Civil Veterinary Dept. North-West Frontier Province 1933-46 - 1933-1946
Year: 1933
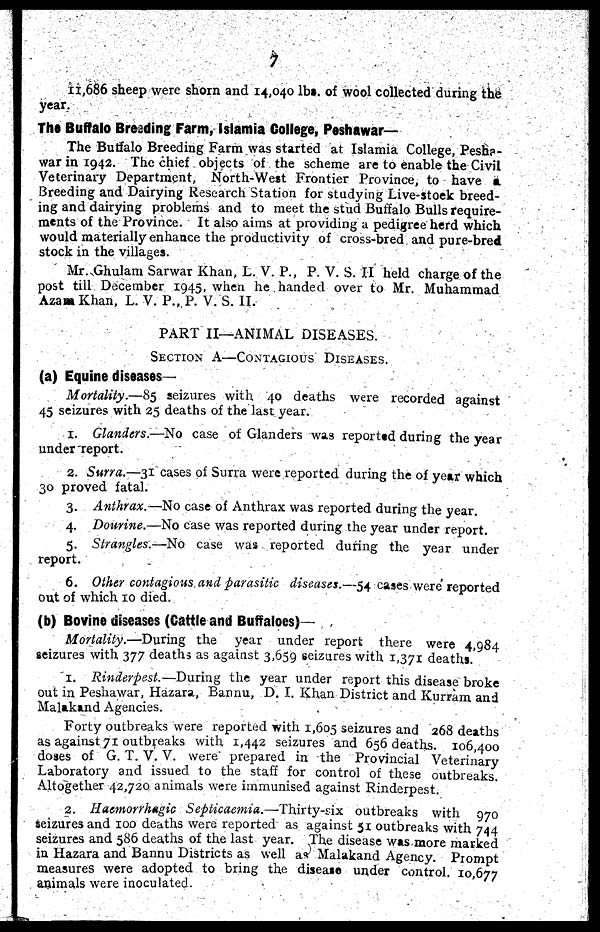
7
11,686 sheep were shorn and 14,040 lbs. of wool collected during the
year.
The Buffalo Breeding Farm, Islamia College, Peshawar—
The Buffalo Breeding Farm was started at Islamia College, Pesha-
war in 1942. The chief objects of the scheme are to enable the Civil
Veterinary Department, North-West Frontier Province, to have a
Breeding and Dairying Research Station for studying Live-stock breed-
ing and dairying problems and to meet the stud Buffalo Bulls require-
ments of the Province. It also aims at providing a pedigree herd which
would materially enhance the productivity of cross-bred and pure-bred
stock in the villages.
Mr. Ghulam Sarwar Khan, L. V. P., P. V. S. II held charge of the
post till December 1945, when he handed over to Mr. Muhammad
Azam Khan, L. V. P., P. V. S. II.
PART II—ANIMAL DISEASES.
SECTION A—CONTAGIOUS DISEASES.
(a) Equine diseases—
Mortality.—85 seizures with 40 deaths were recorded against
45 seizures with 25 deaths of the last year.
1. Glanders.—No case of Glanders was reported during the year
under report.
2. Surra.—31 cases of Surra were reported during the of year which
30 proved fatal.
3. Anthrax.—No case of Anthrax was reported during the year.
4. Dourine.—No case was reported during the year under report.
5. Strangles.—No case was reported during the year under
report.
6. Other contagious and parasitic diseases.—54 cases were reported
out of which 10 died.
(b) Bovine diseases (Cattle and Buffaloes)—
Mortality.—During the year under report there were 4,984
seizures with 377 deaths as against 3,659 seizures with 1,371 deaths.
1. Rinderpest.— During the year under report this disease broke
out in Peshawar, Hazara, Bannu, D. I. Khan District and Kurram and
Malakand Agencies.
Forty outbreaks were reported with 1,605 seizures and 268 deaths
as against 71 outbreaks with 1,442 seizures and 656 deaths. 106,400
doses of G. T. V. V. were prepared in the Provincial Veterinary
Laboratory and issued to the staff for control of these outbreaks
Altogether 42,720 animals were immunised against Rinderpest.
2. Haemorrhagic Septicaemia.—Thirty-six
outbreaks with 970
seizures and 100 deaths were reported as against 51 outbreaks with 744
seizures and 586 deaths of the last year. The disease was more marked
in Hazara and Bannu Districts as well as Malakand Agency. Prompt
measures were adopted to bring the disease under control. 10,677
animals were inoculated.